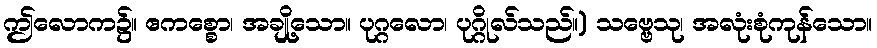
ဤလောက၌။ ဧကစ္စော၊ အချို့သော။ ပုဂ္ဂလော၊ ပုဂ္ဂိုလ်သည်။) သဗ္ဗေသု၊ အလုံးစုံကုန်သော။